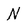
Character: N